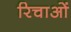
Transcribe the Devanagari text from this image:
रिचाओं